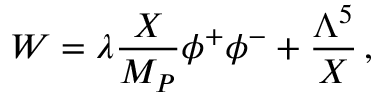
W = \lambda \frac { X } { M _ { P } } \phi ^ { + } \phi ^ { - } + \frac { \Lambda ^ { 5 } } { X } \, ,